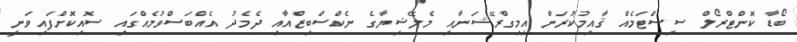
ބޯޑާ ކޮންޓްރޯލް ސިސްޓަމެއް ޤާއިމުކުރަން އިމިގްރޭޝަނާއި މެލޭޝިޔާގެ ނެކްސްބިޒްއާއި ދެމެދު އެއްބަސްވުމެއްގައި ސޮއިކޮށްފައިވަނީ